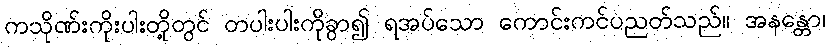
ကသိုဏ်းကိုးပါးတို့တွင် တပါးပါးကိုခွာ၍ ရအပ်သော ကောင်းကင်ပညတ်သည်။ အနန္တော၊